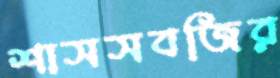
শাসসবজির